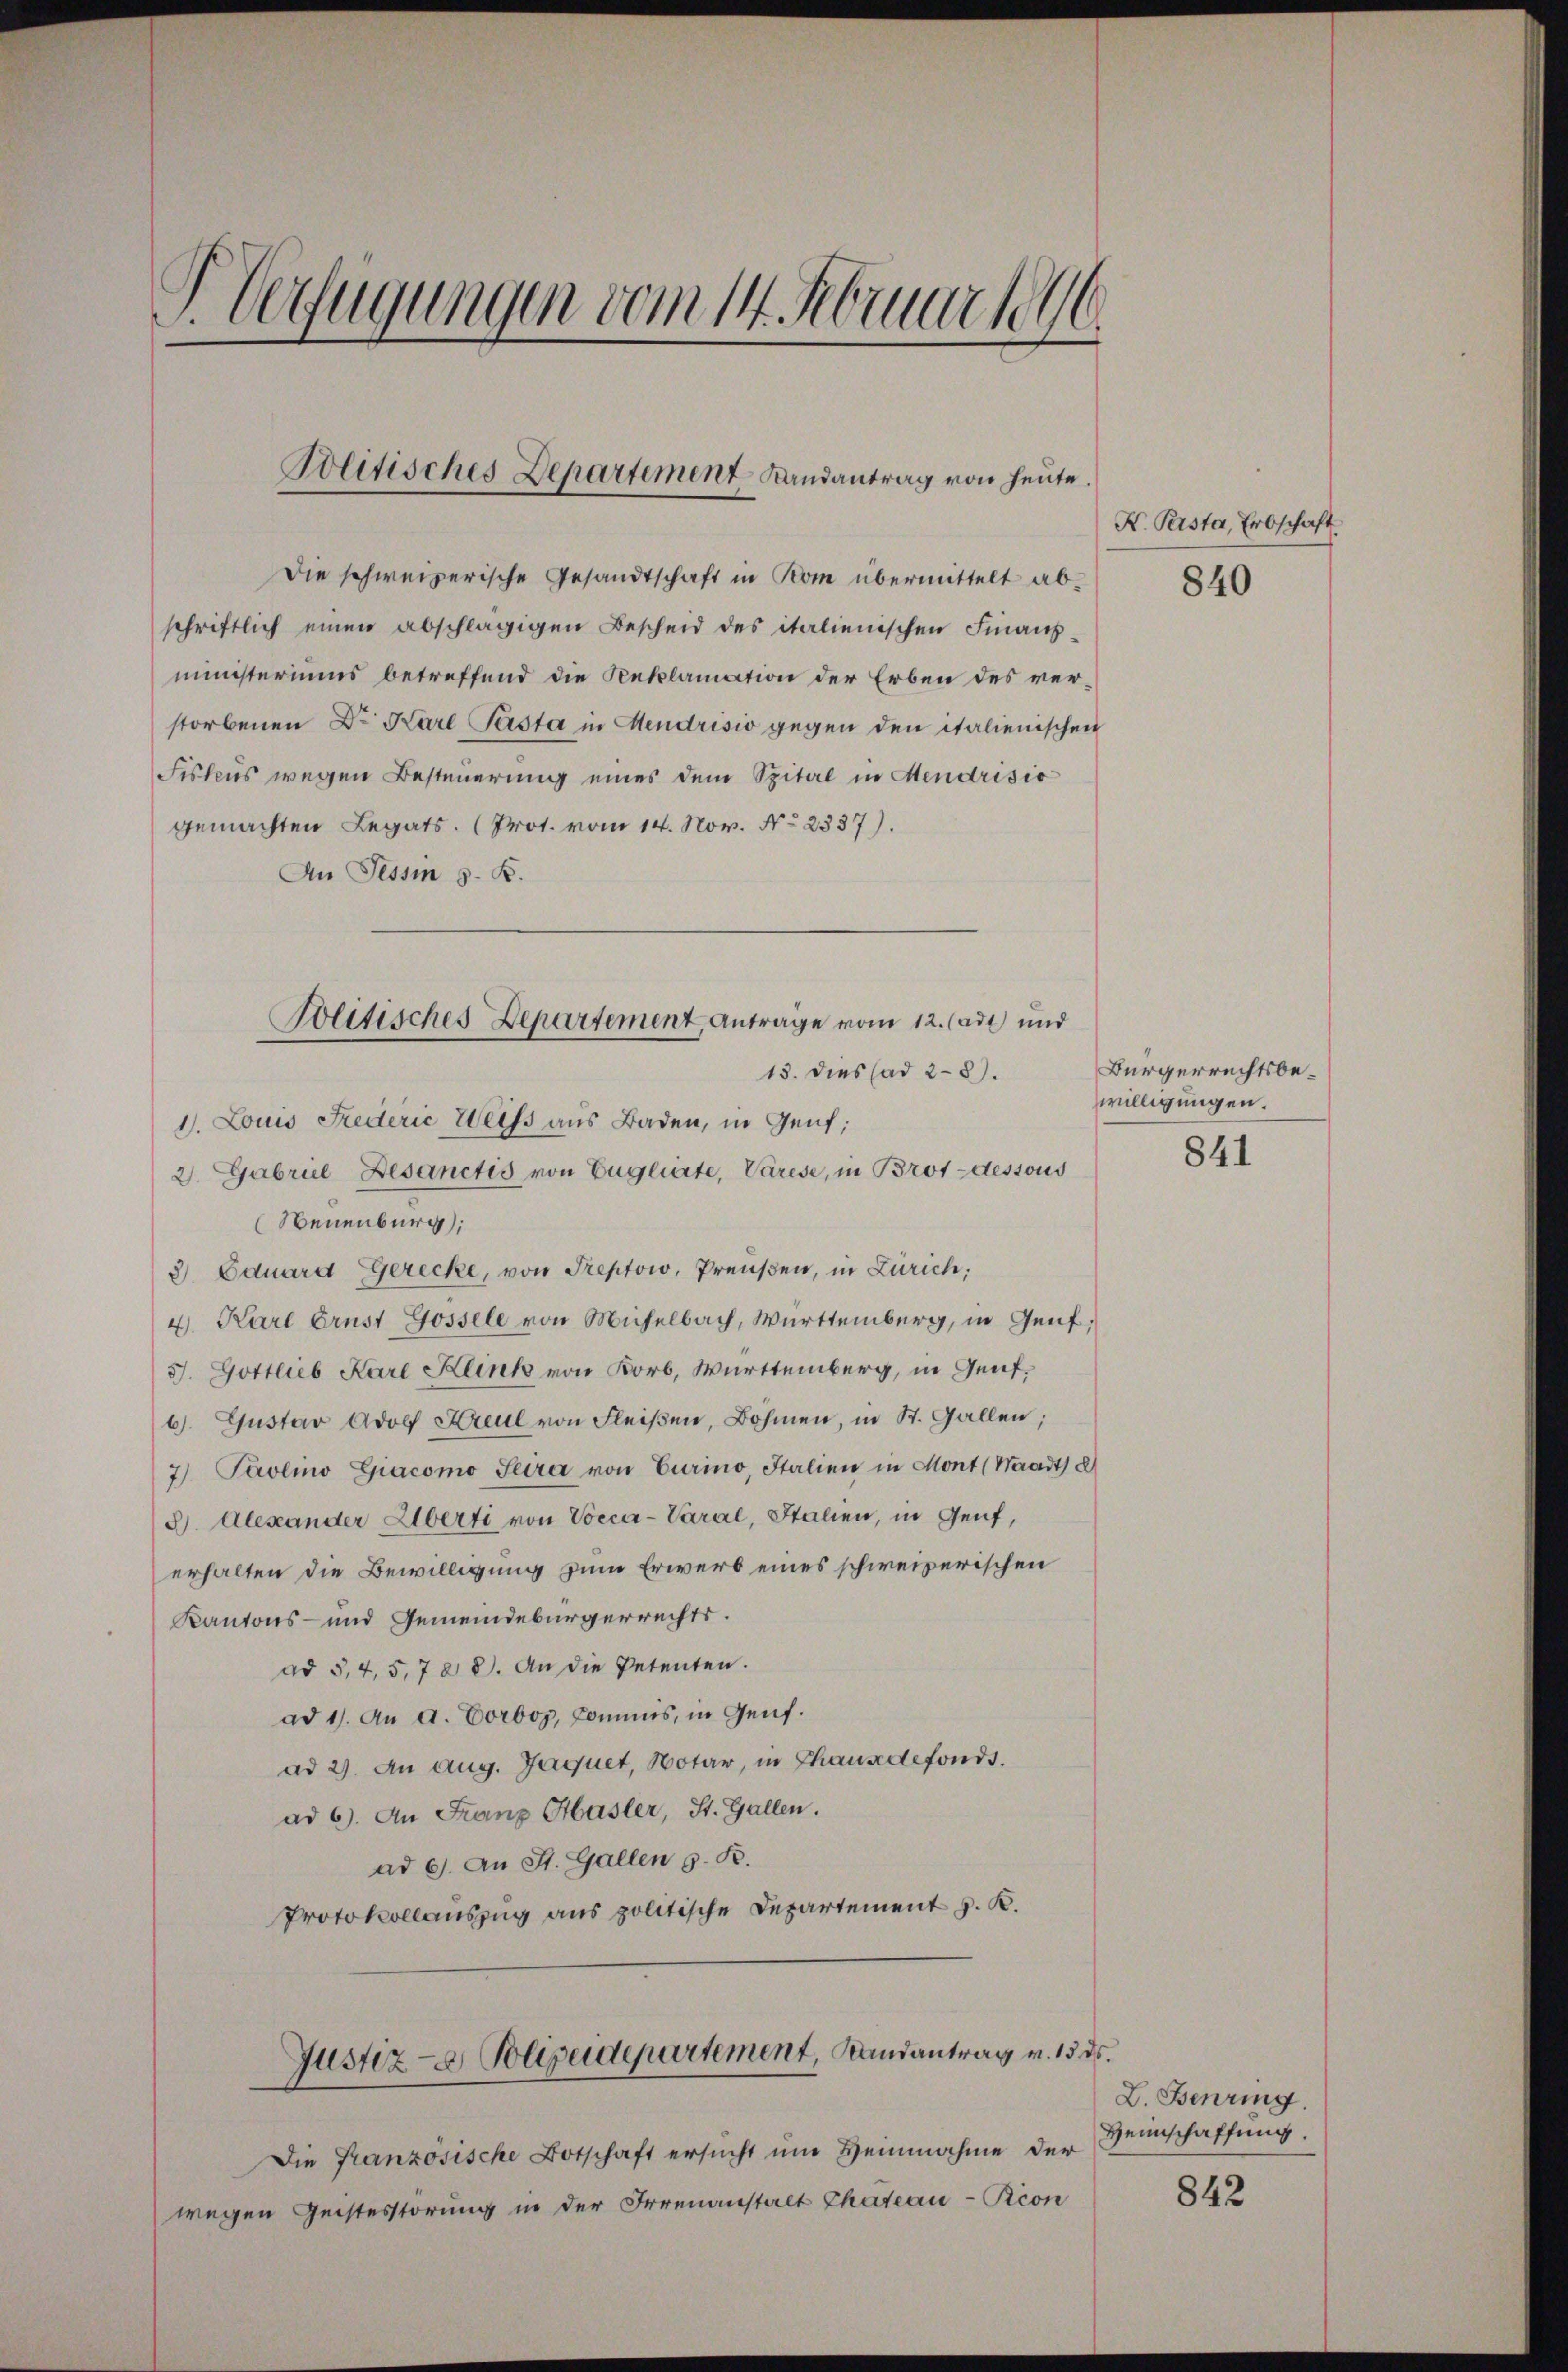
I. Verfügungen vom 14. Februar 1846.

Die schweizerische Gesandtschaft in Rom übermittelt abschriftlich einen abschlägigen Bescheid des italienischen Finanzministeriums betreffend die Reklamation der Erben des verstorbenen Dr. Karl Pasta in Hendrisio gegen den italienischen
Fistens wegen Besteuerung eines dem Spital in Mendrisio
gemachten Legats. (Prot. vom 14. Nov. No 2337).
An Tessin s. B.
15. dies ad 28).
1. Louis Federić Weiss aus Baden, in Genf;
2. Gabrice Besanctis von Englierte, Varese, in Brot-dessous
(Neuenburg;
3). Eduard Gerecke, von Treptow, Preußen, in Zürich,
4. Karl Ernst Gossele von Michelbach, Württemberg, in Genf,
J. Gottlieb Karl Klink von Korb, Württemberg, in Genfb. Gustav Adolf Kreul von Fleißen, Böhmen, in St. Gallen;
7) Paolio Giacomo Seire von Eurino, Italien in Mont (Waadt d
3). Alexander Überti von Vocca-Varal, Stalien, in Genf,
erhalten die Bewilligung zum Erwerb eines schweizerischen
Kantons- und Gemeindebürgerrechts.
ad 5.4, 5,788. An die Petenten.
ad 1. An a. Vorboz, Commis, in Genf.
ad 2. An aug. Jaquet, Notar, in Chausdefonds.
ad 6. An Franz Abasler, St. Gallen.
ad 6. An St. Gallen 9. R.
Protokollauszug aus politische Departement v. K.
Justiz- Polizeidepartement, Landantrag v. 15. ds.
Die Französische Botschaft ersŭcht ŭm Heinnahme der Heinschaffung.
wegen Geistesstörung in der Irrenanstalt Chateau-Rion

Politisches Departement Landantrag von heute.

Folitisches Departement, Antrage vom 12. lade und

K. Pesta, Erbschaft

840

Bürgerrechtsbewilligungen.

841

L. Benring

842